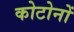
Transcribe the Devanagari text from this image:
कोटोनों